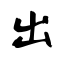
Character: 出